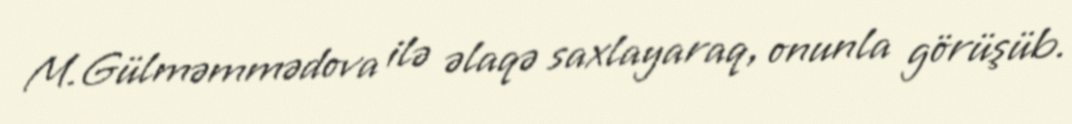
M.Gülməmmədova ilə əlaqə saxlayaraq, onunla görüşüb.